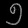
Digit: ၅